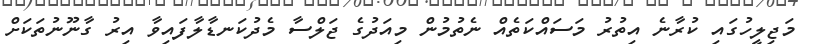
މަޖިލީހުގައި ކުރާނެ އިތުރު މަސައްކަތެއް ނެތުމުން މިއަދުގެ ޖަލްސާ މެދުކަނޑާލާފައިވާ އިރު ގާނޫނުތަކަށް